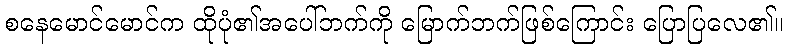
စနေမောင်မောင်က ထိုပုံ၏အပေါ်ဘက်ကို မြောက်ဘက်ဖြစ်ကြောင်း ပြောပြလေ၏။